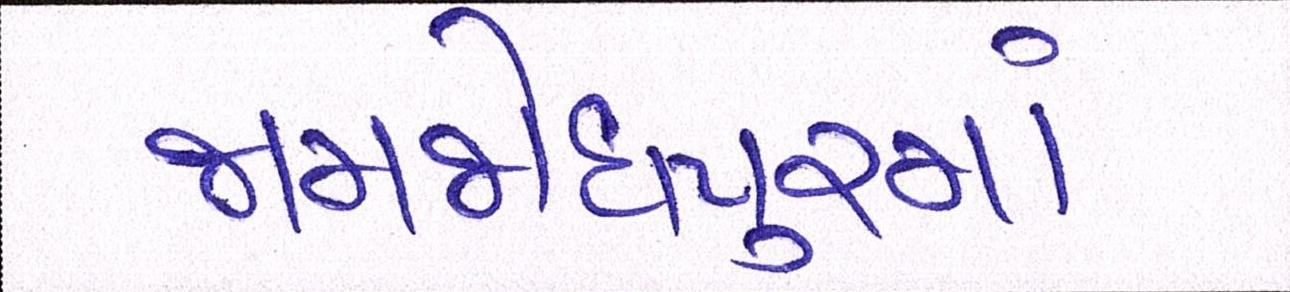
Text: જામજોધપુરમાં